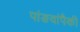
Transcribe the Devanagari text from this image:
पांङवांपैकी